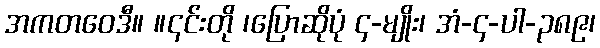
အကတဝေဒီ။ ။၎င်းတို ၊ပြောဆိုပုံ ၄-မျိုး၊ အံ-၄-ပါ-၃၈၉၊